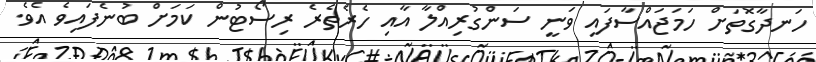
ހަނދާގޮތަށް ހަމަޖައްސާފައި ވަނީ ސަންގުރިއްލާ އާއި ހެރެތެރެ ރިސޯޓުން ކަމަށް ބުނެފައިވެ އެވެ.